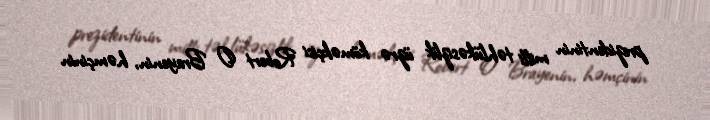
prezidentinin milli təhlükəsizlik üzrə köməkçisi Robert O Brayenin, həmçinin